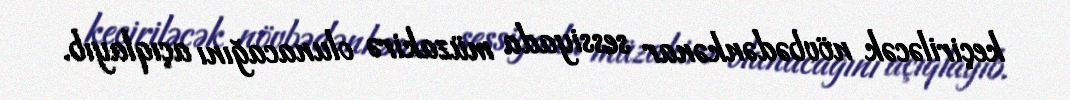
keçiriləcək növbədənkənar sessiyada müzakirə olunacağını açıqlayıb.